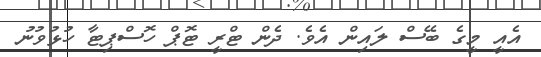
އެއީ މީގެ ބޭސް ލައިން އެވެ. ދެން ޓްރީ ޓޮޕް ހޮސްޕިޓާ ހުޅުވުނު